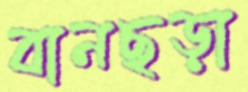
বানছড়া